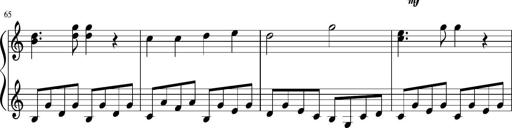
Title: Sonatine Nr.1 in C-Dur
Composer: DÃ©sirÃ©e Manns
Key: C major